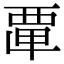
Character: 𮗂